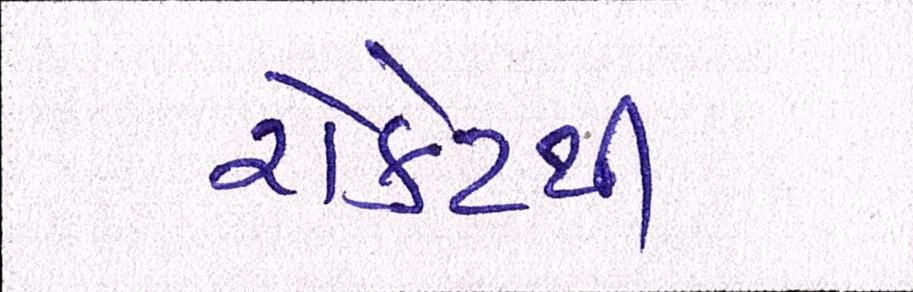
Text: રોકેટથી